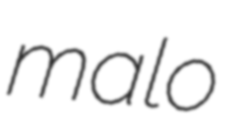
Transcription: maloːβ